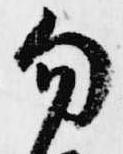
勿